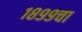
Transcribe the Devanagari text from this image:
१८९९चा